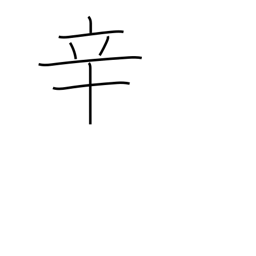
Meaning: hot